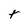
Character: t